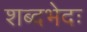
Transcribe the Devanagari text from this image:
शब्दभेदः